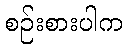
စဉ်းစားပါက